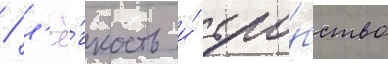
/ л'ё́гкость и́ удо́бство